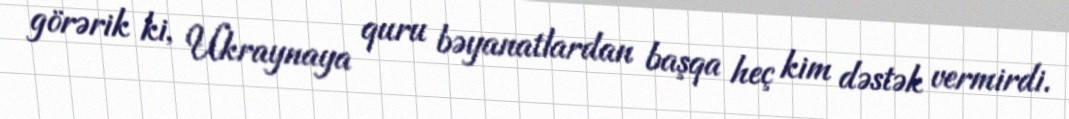
görərik ki, Ukraynaya quru bəyanatlardan başqa heç kim dəstək vermirdi.